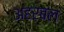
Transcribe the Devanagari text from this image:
अहरबल